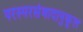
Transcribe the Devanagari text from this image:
परस्परसंवादानुकूल